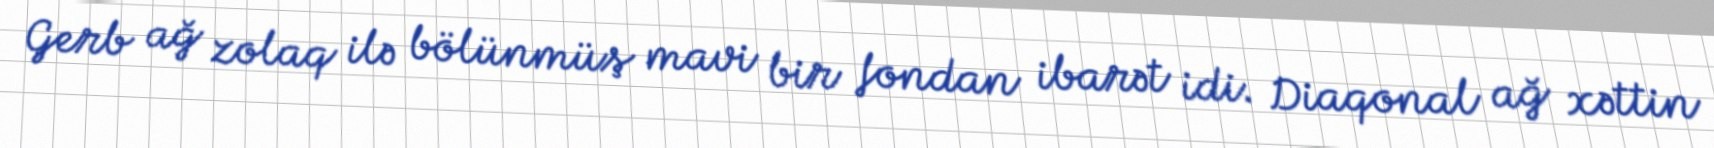
Gerb ağ zolaq ilə bölünmüş mavi bir fondan ibarət idi. Diaqonal ağ xəttin